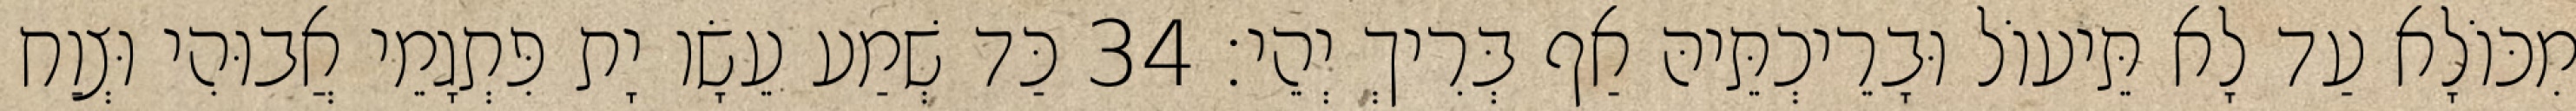
מִכּוֹלָא עַד לָא תֵּיעוֹל וּבָרֵיכְתֵּיהּ אַף בְּרִיךְ יְהֵי׃ 34 כַּד שְׁמַע עֵשָׂו יָת פִּתְגָמֵי אֲבוּהִי וּצְוַח